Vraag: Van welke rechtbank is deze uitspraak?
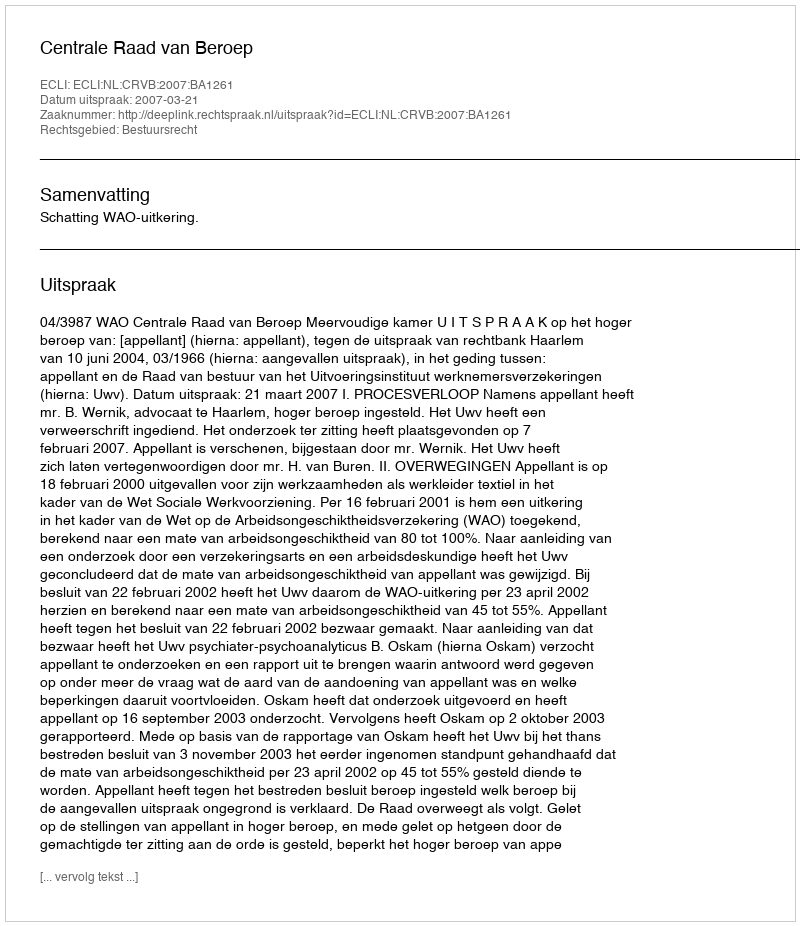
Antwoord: Centrale Raad van Beroep